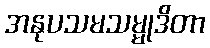
အနုပသမသမ္မုဒိတာ